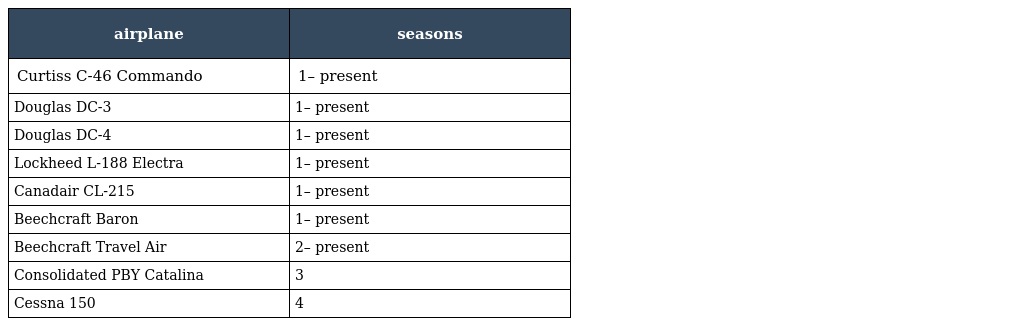
| airplane | seasons |
 | --- | --- |
 | Curtiss C-46 Commando | 1– present |
 | Douglas DC-3 | 1– present |
 | Douglas DC-4 | 1– present |
 | Lockheed L-188 Electra | 1– present |
 | Canadair CL-215 | 1– present |
 | Beechcraft Baron | 1– present |
 | Beechcraft Travel Air | 2– present |
 | Consolidated PBY Catalina | 3 |
 | Cessna 150 | 4 |